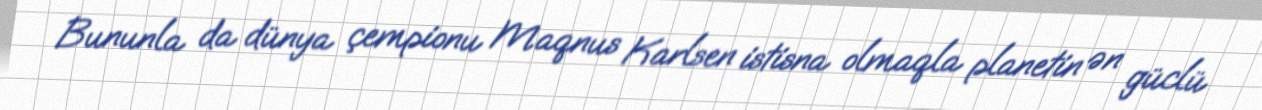
Bununla da dünya çempionu Maqnus Karlsen istisna olmaqla planetin ən güclü